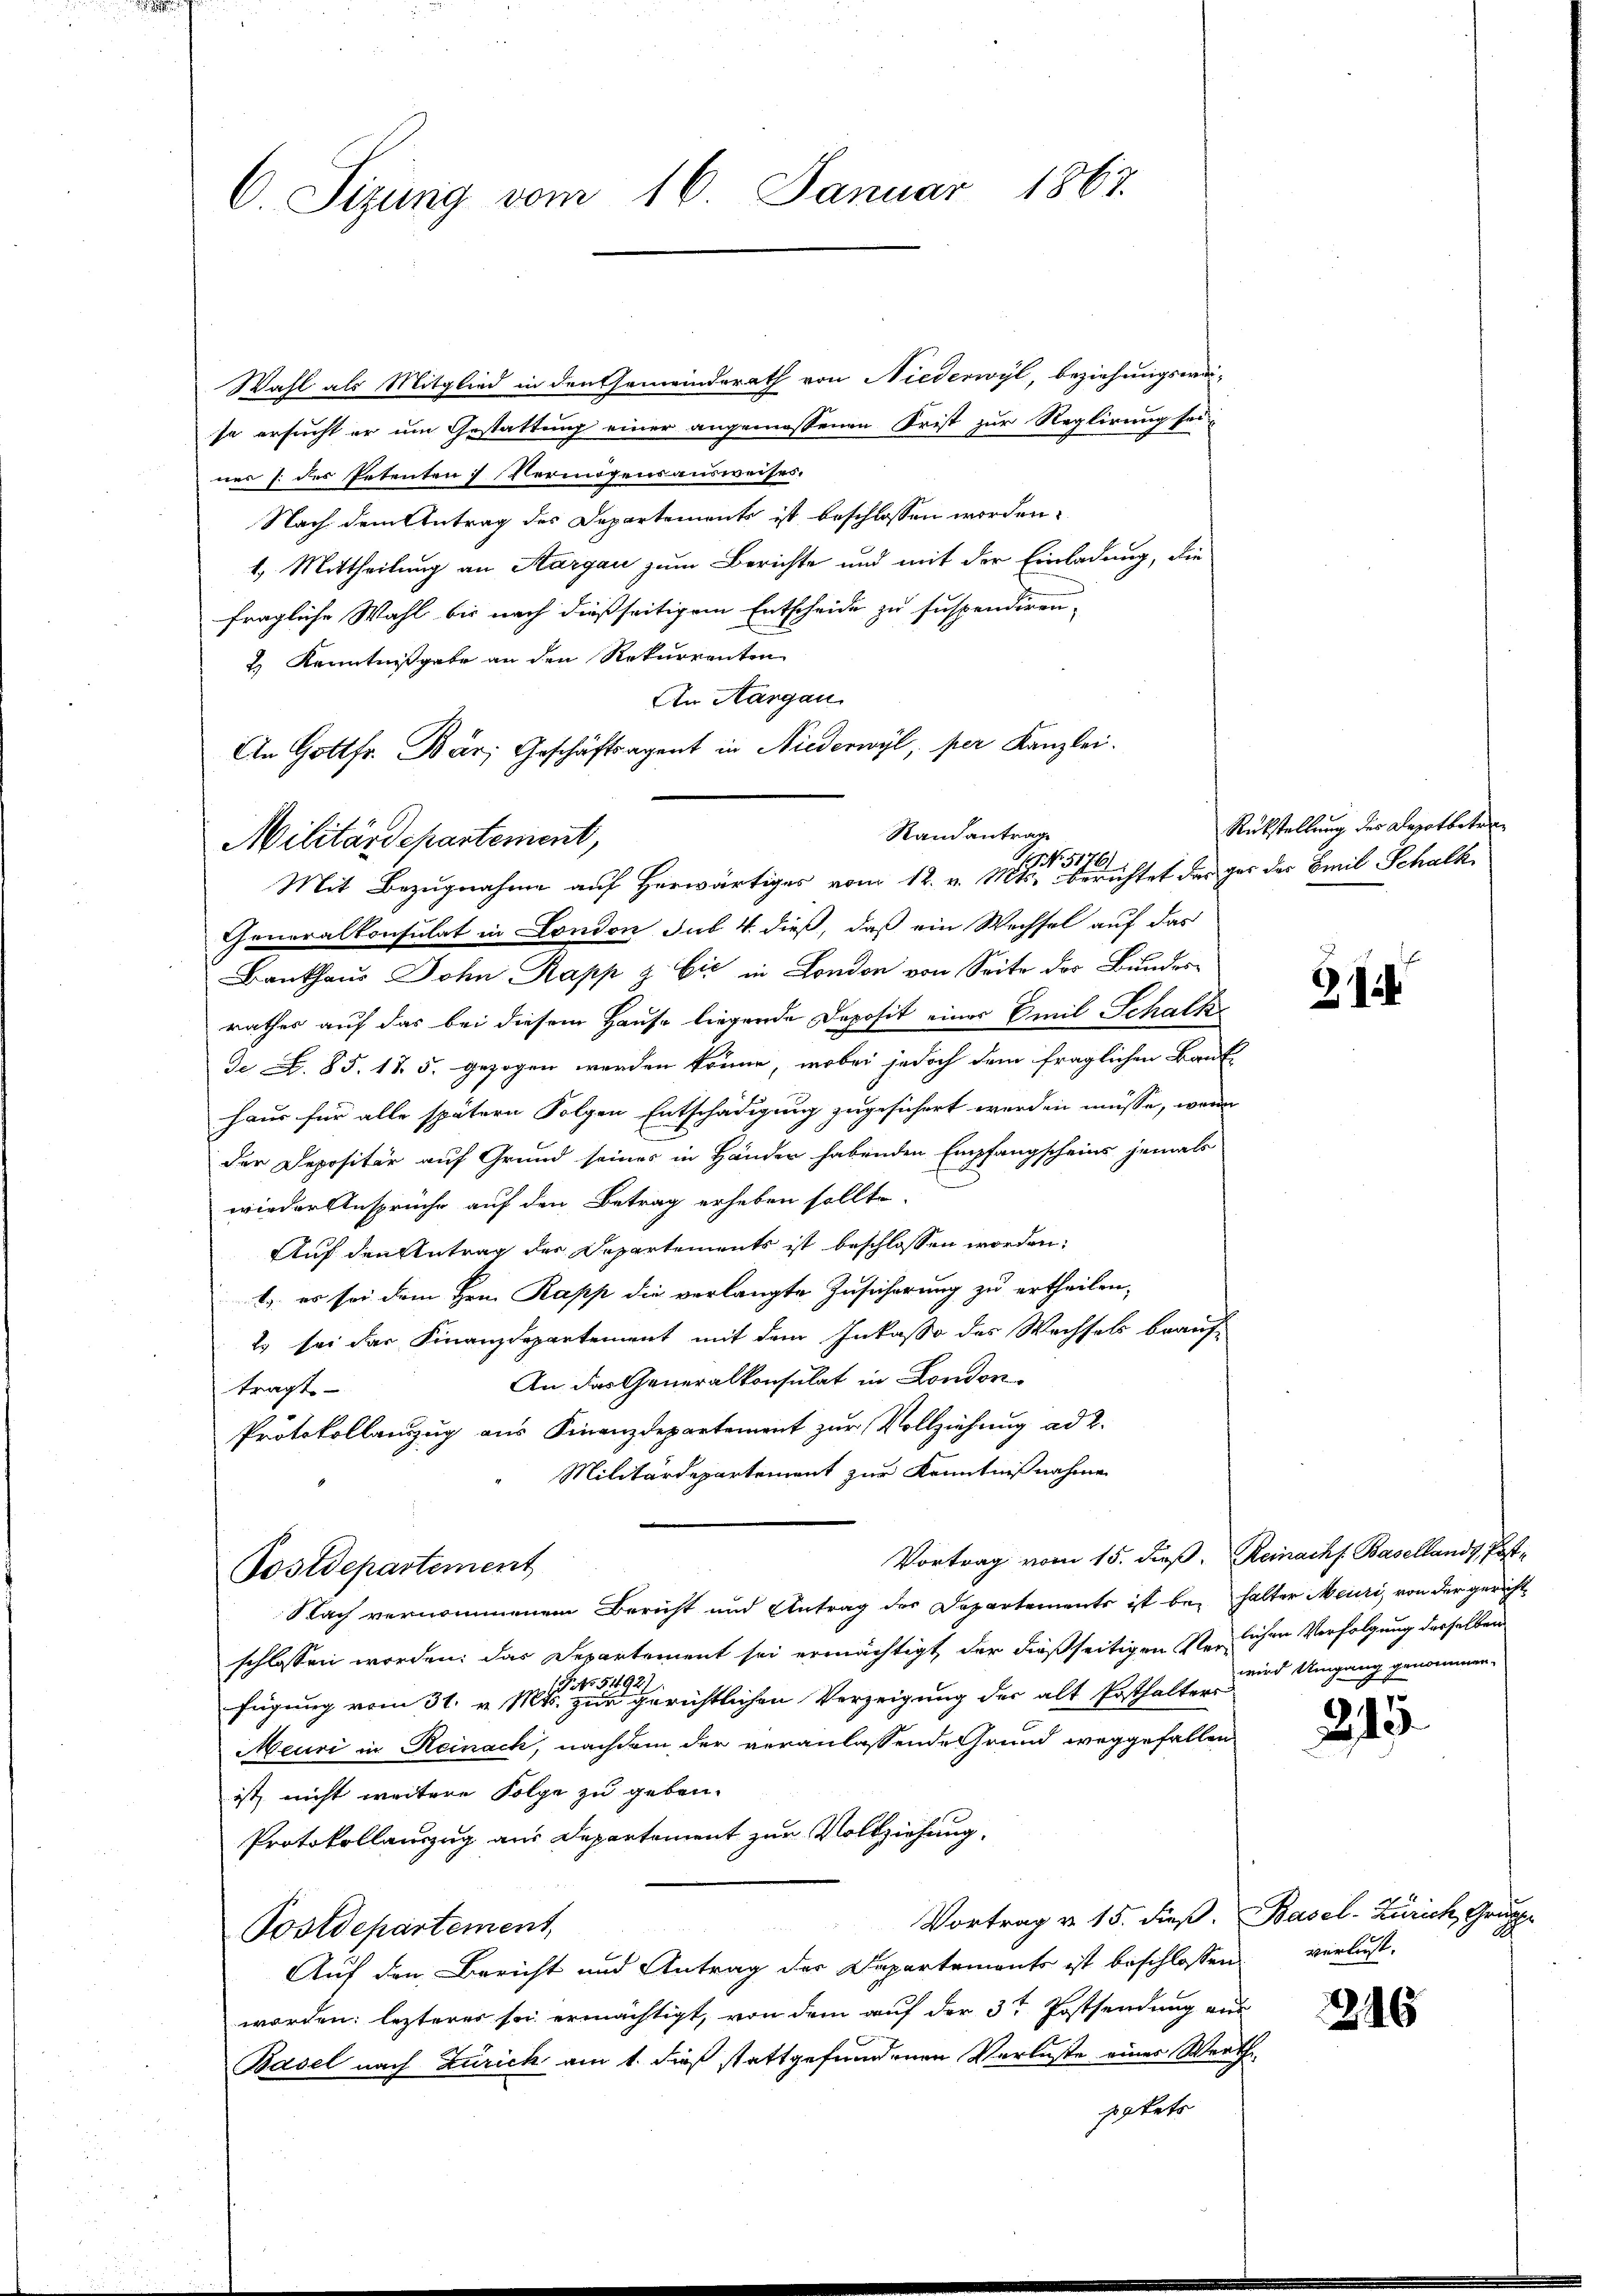
C. Sizung vom 16. Januar 1867.

Wahl als Mitglied in den Gemeinderath von Niederwyl, beziehungsweiso ersucht er um Gestattung einer angemessenen Frist zur Reglirung sei
nes /: des Petenten Vermögensausweises.
Nach dem Antrag des Departements ist beschlossen worden.
1.) Mittheilung an Aargau zum Berichte und mit der Einladung, die
fragliche Wahl bis nach dießseitigem Entscheide zu suspendiren,
2) Kenntnißgabe an den Rekurrenten
An Aargau
An Gottfr. Bär, Geschäftsagent in Niederwyl, per Kanzlei.

Stand antrage
Militärdepartement,
Mit Bezugnahme auf Herwärtiges vom 12. v. 1881 berichtet der gar der Emil Schalk

Generalkonsulat in London sus 4. dieß, daß ein Wechsel auf das
Bankhaus John Kapp z Eić in London von Seite des Bundesrathes auf das bei diesem Hause liegende Deposit eines Emil Schalke
De Z. 85. 125. gezogen worden könne, wobei jedoch dem fraglichen Bauk
Haus für alle spätern Folgen Entschädigung zugesichert werden müsse, wenn
der Depositär auf Grund seines in Händer habenden Empfangscheins jemals
wieder Ansprüche auf den Betrag erheben sollte.
Auf den Antrag der Departements ist beschlossen worden.
2. es sei dem Hrn. Rapp die verlangte Zusicherung zu ertheilen,
2 sei der Finanzdepartement mit dem Inkasso des Wechsels beauf-
An das Generalkonsulat in London
tragt.
Protokollanzug aus Finanzdepartement zŭr Vollziehung ad 2.
Militärdepartement zur Kenntnißnahme
Vortrag vom 15. dß. Reinachf. Basellands, Post¬
Postdepartement
Nach vernommenem Bericht und Antrag des Departements ist bei halter Meuri, von der gericht
schlossen worden; das Departement sei ermächtigt, der dießseitigen Verlichen Verfolgung derselben
19. No. 51921
fügung vom 31. v. Mts. zur gerichtlichen Verzeigung der alt Posthalters
Meuri in Reinach, nachdem der veranlassende Grund weggefallen
ist nicht weitere Folge zu geben.
Protokollauszug aus Departement zur Vollziehung.
Vortrag v. 15. dieß. Basel-Zürich, Gruppe
Postdepartement,
Auf den Bericht und Antrag des Departements ist beschlossen verlust-
worden: lezteres sei ermächtigt, von dem auf der 3t Postsendung aus
Basel nach Zürich am 1. dieß stattgefundenen Verluste einer Werthe
stets

Rückstellung des Depotbeten

2

wird Umgang genommen.

215.

216